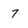
Character: 7